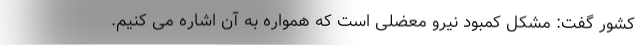
کشور گفت: مشکل کمبود نیرو معضلی است که همواره به آن اشاره می کنیم.